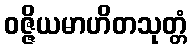
ဝဇ္ဇိယမာဟိတသုတ္တံ